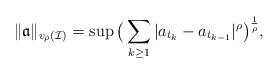
LaTeX: \begin{align*}\|\mathfrak{a}\|_{v_\rho(\mathcal I)}=\sup\big(\sum_{k\geq1}|a_{t_k}-a_{t_{k-1}}|^\rho\big)^{\frac{1}{\rho}},\end{align*}